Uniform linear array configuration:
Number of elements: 24
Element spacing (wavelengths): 0.25
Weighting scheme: cosine
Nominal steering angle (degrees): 60
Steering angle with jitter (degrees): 58.632
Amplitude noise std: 0.05
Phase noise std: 0.05

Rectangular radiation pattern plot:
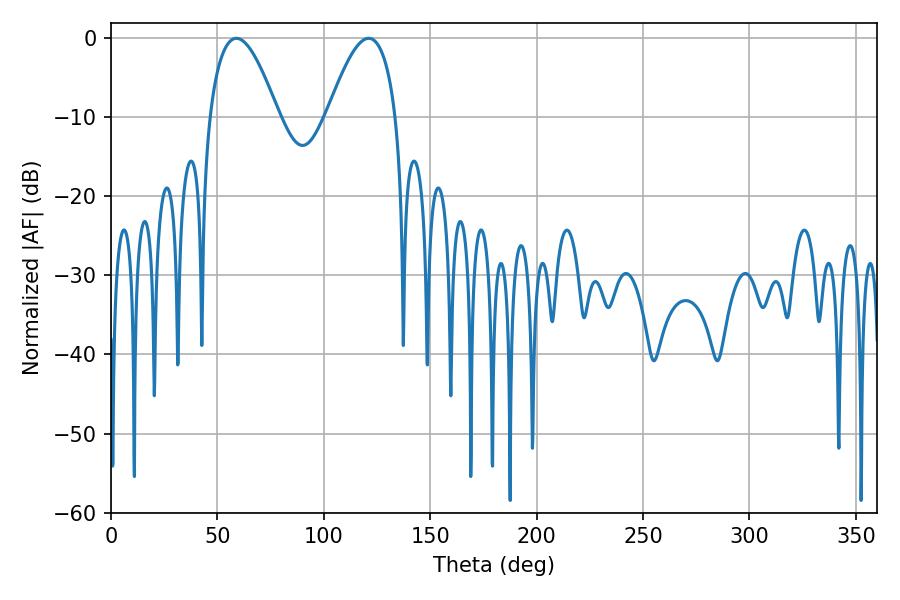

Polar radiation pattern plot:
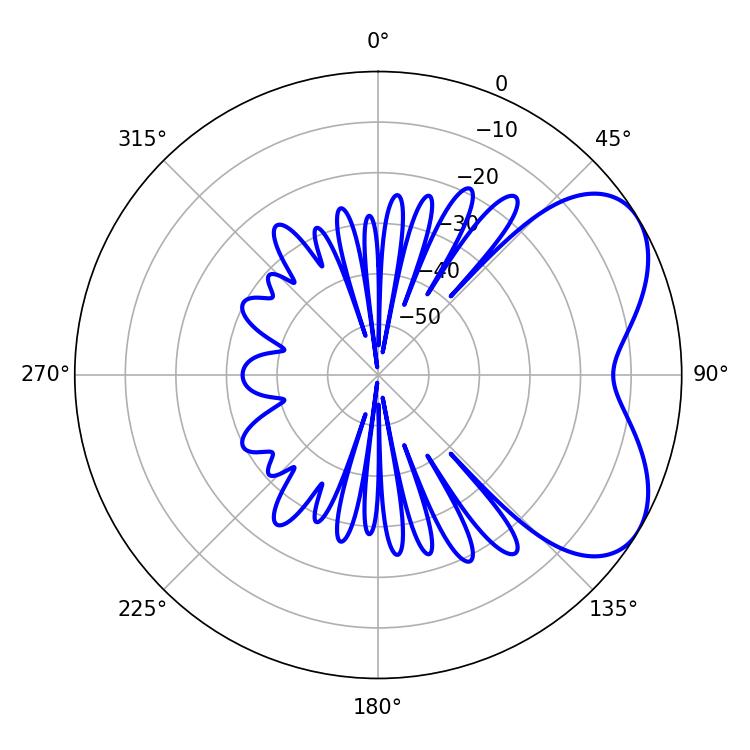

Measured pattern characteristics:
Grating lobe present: FALSE
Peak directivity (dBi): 5.296
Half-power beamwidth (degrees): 17.64
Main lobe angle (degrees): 58.86